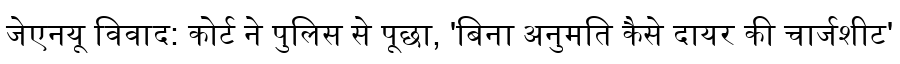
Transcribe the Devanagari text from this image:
जेएनयू विवाद: कोर्ट ने पुलिस से पूछा, 'बिना अनुमति कैसे दायर की चार्जशीट'